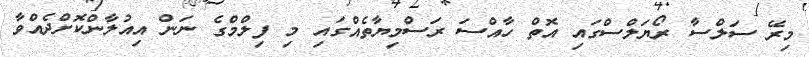
މިރޭ ސަލްސާ ރޯޔަލްސްގައި އޮތް ހާއްސަ ރަސްމިޔާތެއްގައި މި ފިލްމްގެ ނަން އިއުލާންކޮށްދެއްވާ